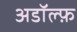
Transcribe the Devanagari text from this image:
अडॉल्फ़